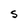
Character: S